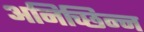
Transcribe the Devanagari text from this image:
अनिच्छिन्न